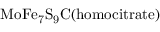
\mathrm { M o F e _ { 7 } S _ { 9 } C ( h o m o c i t r a t e ) }